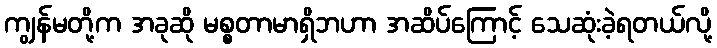
ကျွန်မတို့က အခုဆို မစ္စတာမာရှိဘဟာ အဆိပ်ကြောင့် သေဆုံးခဲ့ရတယ်လို့